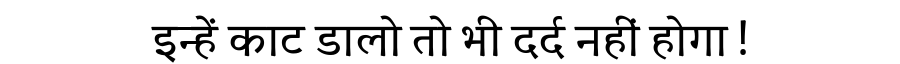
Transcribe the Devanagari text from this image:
इन्हें काट डालो तो भी दर्द नहीं होगा !